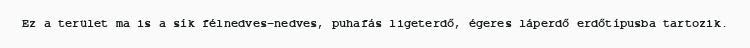
Ez a terület ma is a sík félnedves-nedves, puhafás ligeterdő, égeres láperdő erdőtípusba tartozik.